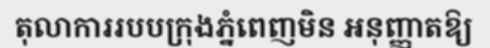
តុលាការរបបក្រុងភ្នំពេញមិន អនុញ្ញាតឱ្យ